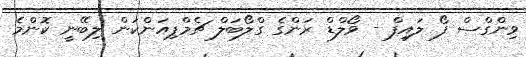
ވިންގްސް ފޯ ލައިފް - ވޯލްޑް ރަންގެ ގްލޯބަލް ޗެމްޕިއަންކަން ލިބޭނީ ކޮންމެ